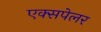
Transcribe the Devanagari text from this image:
एक्सपेलर